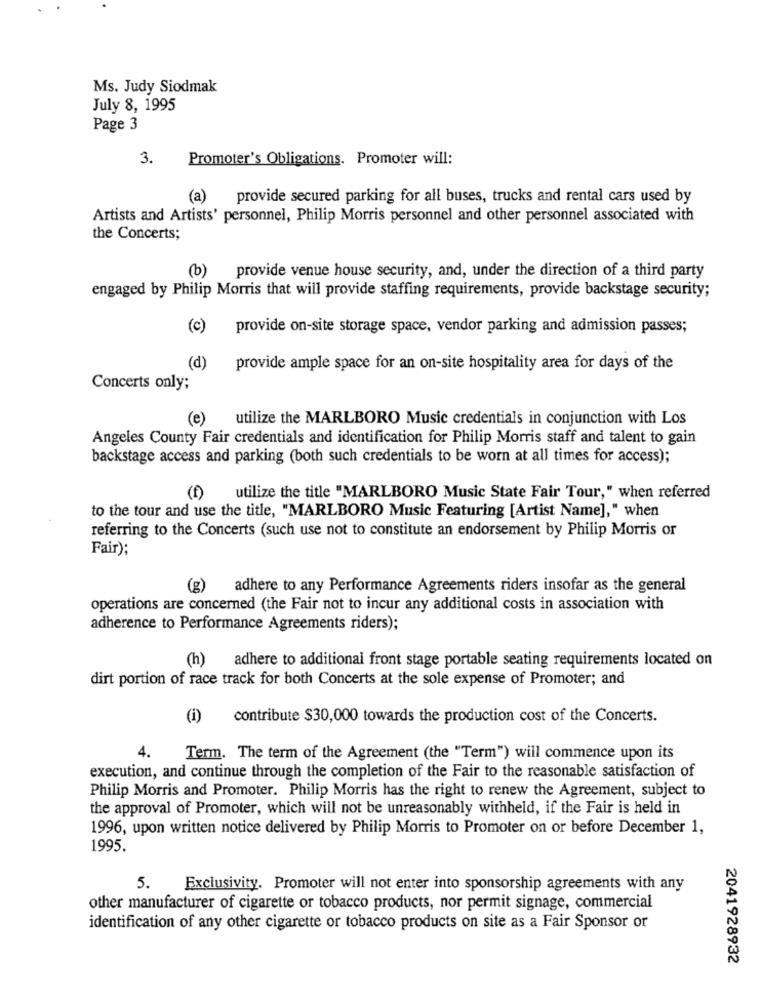
Ms. Judy Siodmak
July 8, 1995
Page 3
3.
Promoter's Obligations. Promoter will:
(a)
provide secured parking for all buses, trucks and rental cars used by
Artists and Artists' personnel, Philip Morris personnel and other personnel associated with
the Concerts;
(b)
provide venue house security, and, under the direction of a third party
engaged by Philip Morris that will provide staffing requirements, provide backstage security;
(c)
provide on-site storage space, vendor parking and admission passes;
(d)
provide ample space for an on-site hospitality area for days of the
Concerts only;
(e)
utilize the MARLBORO Music credentials in conjunction with Los
Angeles County Fair credentials and identification for Philip Morris staff and talent to gain
backstage access and parking (both such credentials to be worn at all times for access);
utilize the title "MARLBORO Music State Fair Tour," when referred
to the tour and use the title, "MARLBORO Music Featuring [Artist Name]," when
referring to the Concerts (such use not to constitute an endorsement by Philip Morris or
Fair);
(g)
adhere to any Performance Agreements riders insofar as the general
operations are concerned (the Fair not to incur any additional costs in association with
adherence to Performance Agreements riders);
adhere to additional front stage portable seating requirements located on
(h)
dirt portion of race track for both Concerts at the sole expense of Promoter; and
(i)
contribute $30,000 towards the production cost of the Concerts.
4. Term. The term of the Agreement (the "Term") will commence upon its
execution, and continue through the completion of the Fair to the reasonable satisfaction of
Philip Morris and Promoter. Philip Morris has the right to renew the Agreement, subject to
the approval of Promoter, which will not be unreasonably withheld, if the Fair is held in
1996, upon written notice delivered by Philip Morris to Promoter on or before December 1,
1995.
5.
Exclusivity. Promoter will not enter into sponsorship agreements with any
other manufacturer of cigarette or tobacco products, nor permit signage, commercial
identification of any other cigarette or tobacco products on site as a Fair Sponsor or
2041928932